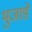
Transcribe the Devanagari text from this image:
भुजाडे